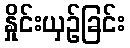
နှိုင်းယှဉ်ခြင်း